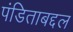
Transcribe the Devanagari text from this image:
पंडिताबद्दल